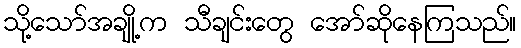
သို့သော်အချို့က သီချင်းတွေ အော်ဆိုနေကြသည်။